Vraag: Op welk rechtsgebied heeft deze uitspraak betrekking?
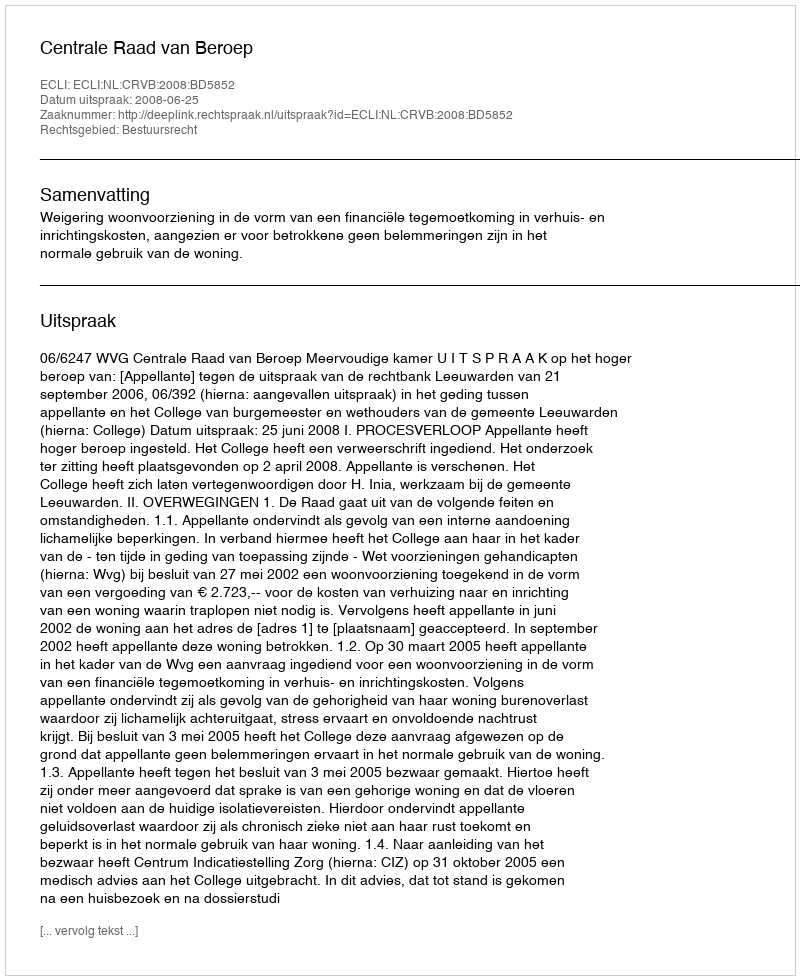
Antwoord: Bestuursrecht